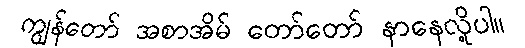
ကျွန်တော် အစာအိမ် တော်တော် နာနေလို့ပါ။